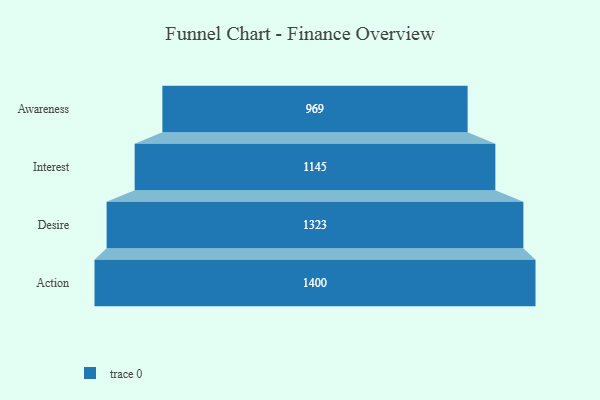
{"axis": {"x": "Stage", "y": "Value"}, "legend": [""], "data": [{"x": "Awareness", "y": 969.0, "type": ""}, {"x": "Interest", "y": 1145.0, "type": ""}, {"x": "Desire", "y": 1323.0, "type": ""}, {"x": "Action", "y": 1400.0, "type": ""}]}